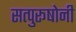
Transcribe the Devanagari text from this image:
सत्पुरूषोनी